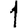
Digit: 1